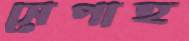
সেপাহ